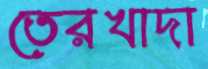
তেরখাদা